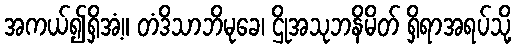
အကယ်၍ရှိအံ့။ တံဒိသာဘိမုခေ၊ ဌိုအသုဘနိမိတ် ရှိရာအရပ်သို့